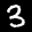
Label: 3